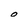
Character: O